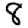
Digit: 8